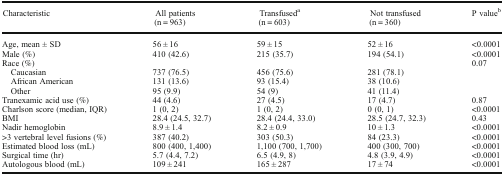
<table><thead><tr><td><b>Characteristic</b></td><td><b>All patients (n = 963)</b></td><td><b>Transfused<sup>a</sup> (n = 603)</b></td><td><b>Not transfused (n = 360)</b></td><td><b>P value<sup>b</sup></b></td></tr></thead><tbody><tr><td>Age, mean ± SD</td><td>56 ± 16</td><td>59 ± 15</td><td>52 ± 16</td><td>&lt;0.0001</td></tr><tr><td>Male (%)</td><td>410 (42.6)</td><td>215 (35.7)</td><td>194 (54.1)</td><td>&lt;0.0001</td></tr><tr><td>Race (%)</td><td></td><td></td><td></td><td>0.07</td></tr><tr><td> Caucasian</td><td>737 (76.5)</td><td>456 (75.6)</td><td>281 (78.1)</td><td></td></tr><tr><td> African American</td><td>131 (13.6)</td><td>93 (15.4)</td><td>38 (10.6)</td><td></td></tr><tr><td> Other</td><td>95 (9.9)</td><td>54 (9)</td><td>41 (11.4)</td><td></td></tr><tr><td>Tranexamic acid use (%)</td><td>44 (4.6)</td><td>27 (4.5)</td><td>17 (4.7)</td><td>0.87</td></tr><tr><td>Charlson score (median, IQR)</td><td>1 (0, 2)</td><td>1 (0, 2)</td><td>0 (0, 1)</td><td>&lt;0.0001</td></tr><tr><td>BMI</td><td>28.4 (24.5, 32.7)</td><td>28.4 (24.4, 33.0)</td><td>28.5 (24.7, 32.3)</td><td>0.43</td></tr><tr><td>Nadir hemoglobin</td><td>8.9 ± 1.4</td><td>8.2 ± 0.9</td><td>10 ± 1.3</td><td>&lt;0.0001</td></tr><tr><td>&gt;3 vertebral level fusions (%)</td><td>387 (40.2)</td><td>303 (50.3)</td><td>84 (23.3)</td><td>&lt;0.0001</td></tr><tr><td>Estimated blood loss (mL)</td><td>800 (400, 1,400)</td><td>1,100 (700, 1,700)</td><td>400 (300, 700)</td><td>&lt;0.0001</td></tr><tr><td>Surgical time (hr)</td><td>5.7 (4.4, 7.2)</td><td>6.5 (4.9, 8)</td><td>4.8 (3.9, 4.9)</td><td>&lt;0.0001</td></tr><tr><td>Autologous blood (mL)</td><td>109 ± 241</td><td>165 ± 287</td><td>17 ± 74</td><td>&lt;0.0001</td></tr></tbody></table>